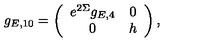
g _ { E , 1 0 } = \left( \begin{array} { c c } { e ^ { 2 \Sigma } g _ { E , 4 } } & { 0 } \\ { 0 } & { h } \\ \end{array} \right) ,